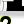
Digit: 2